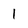
Character: 1